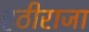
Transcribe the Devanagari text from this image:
हठीराजा